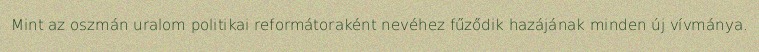
Mint az oszmán uralom politikai reformátoraként nevéhez fűződik hazájának minden új vívmánya.